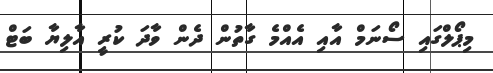
މިޕޯލްގައި ސޯނަމް އާއި އެއްމެ ގާތުން ދެން ވާދަ ކުރީ އާލިޔާ ބަޓް